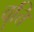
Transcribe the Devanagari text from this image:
वॄत्ति